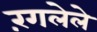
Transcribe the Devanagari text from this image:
रंगलेले